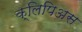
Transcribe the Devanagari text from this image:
क्लिपिअस